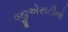
જીએસટીનો